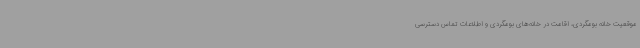
موقعیت خانه بومگردی، اقامت در خانه‌های بومگردی و اطلاعات تماس دسترسی